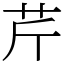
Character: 芹